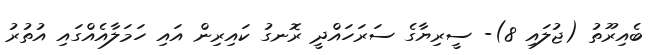
ބެއިރޫތު (ޖުލައި 8)- ސީރިޔާގެ ސަރަހައްދީ ރޮނގު ކައިރިން އައި ހަމަލާއެއްގައި އުތުރު